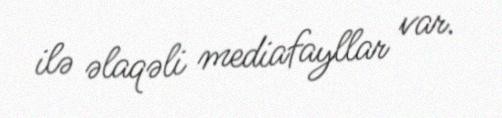
ilə əlaqəli mediafayllar var.